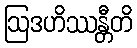
ဩဒဟိဿန္တီတိ